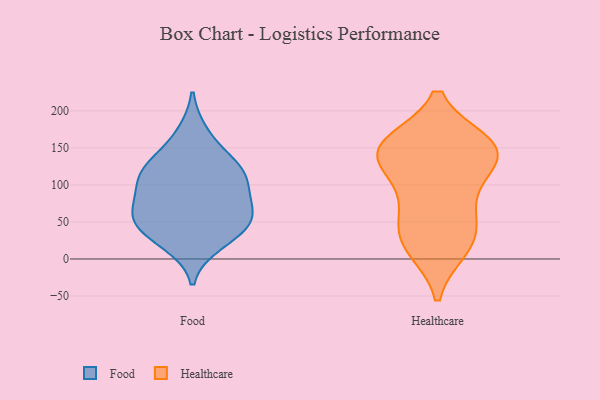
{"axis": {"x": "Shipments", "y": "Value"}, "legend": ["Food", "Healthcare"], "data": [{"x": "", "y": 110, "type": "Food"}, {"x": "", "y": 169, "type": "Food"}, {"x": "", "y": 58, "type": "Food"}, {"x": "", "y": 104, "type": "Food"}, {"x": "", "y": 124, "type": "Food"}, {"x": "", "y": 38, "type": "Food"}, {"x": "", "y": 134, "type": "Food"}, {"x": "", "y": 38, "type": "Food"}, {"x": "", "y": 76, "type": "Food"}, {"x": "", "y": 21, "type": "Food"}, {"x": "", "y": 62, "type": "Food"}, {"x": "", "y": 110, "type": "Food"}, {"x": "", "y": 60, "type": "Food"}, {"x": "", "y": 120, "type": "Healthcare"}, {"x": "", "y": 141, "type": "Healthcare"}, {"x": "", "y": 154, "type": "Healthcare"}, {"x": "", "y": 119, "type": "Healthcare"}, {"x": "", "y": 14, "type": "Healthcare"}, {"x": "", "y": 60, "type": "Healthcare"}, {"x": "", "y": 49, "type": "Healthcare"}, {"x": "", "y": 149, "type": "Healthcare"}, {"x": "", "y": 150, "type": "Healthcare"}, {"x": "", "y": 154, "type": "Healthcare"}, {"x": "", "y": 18, "type": "Healthcare"}, {"x": "", "y": 82, "type": "Healthcare"}, {"x": "", "y": 24, "type": "Healthcare"}, {"x": "", "y": 156, "type": "Healthcare"}]}